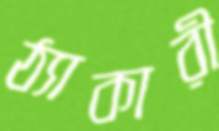
ঠ্যাকারী